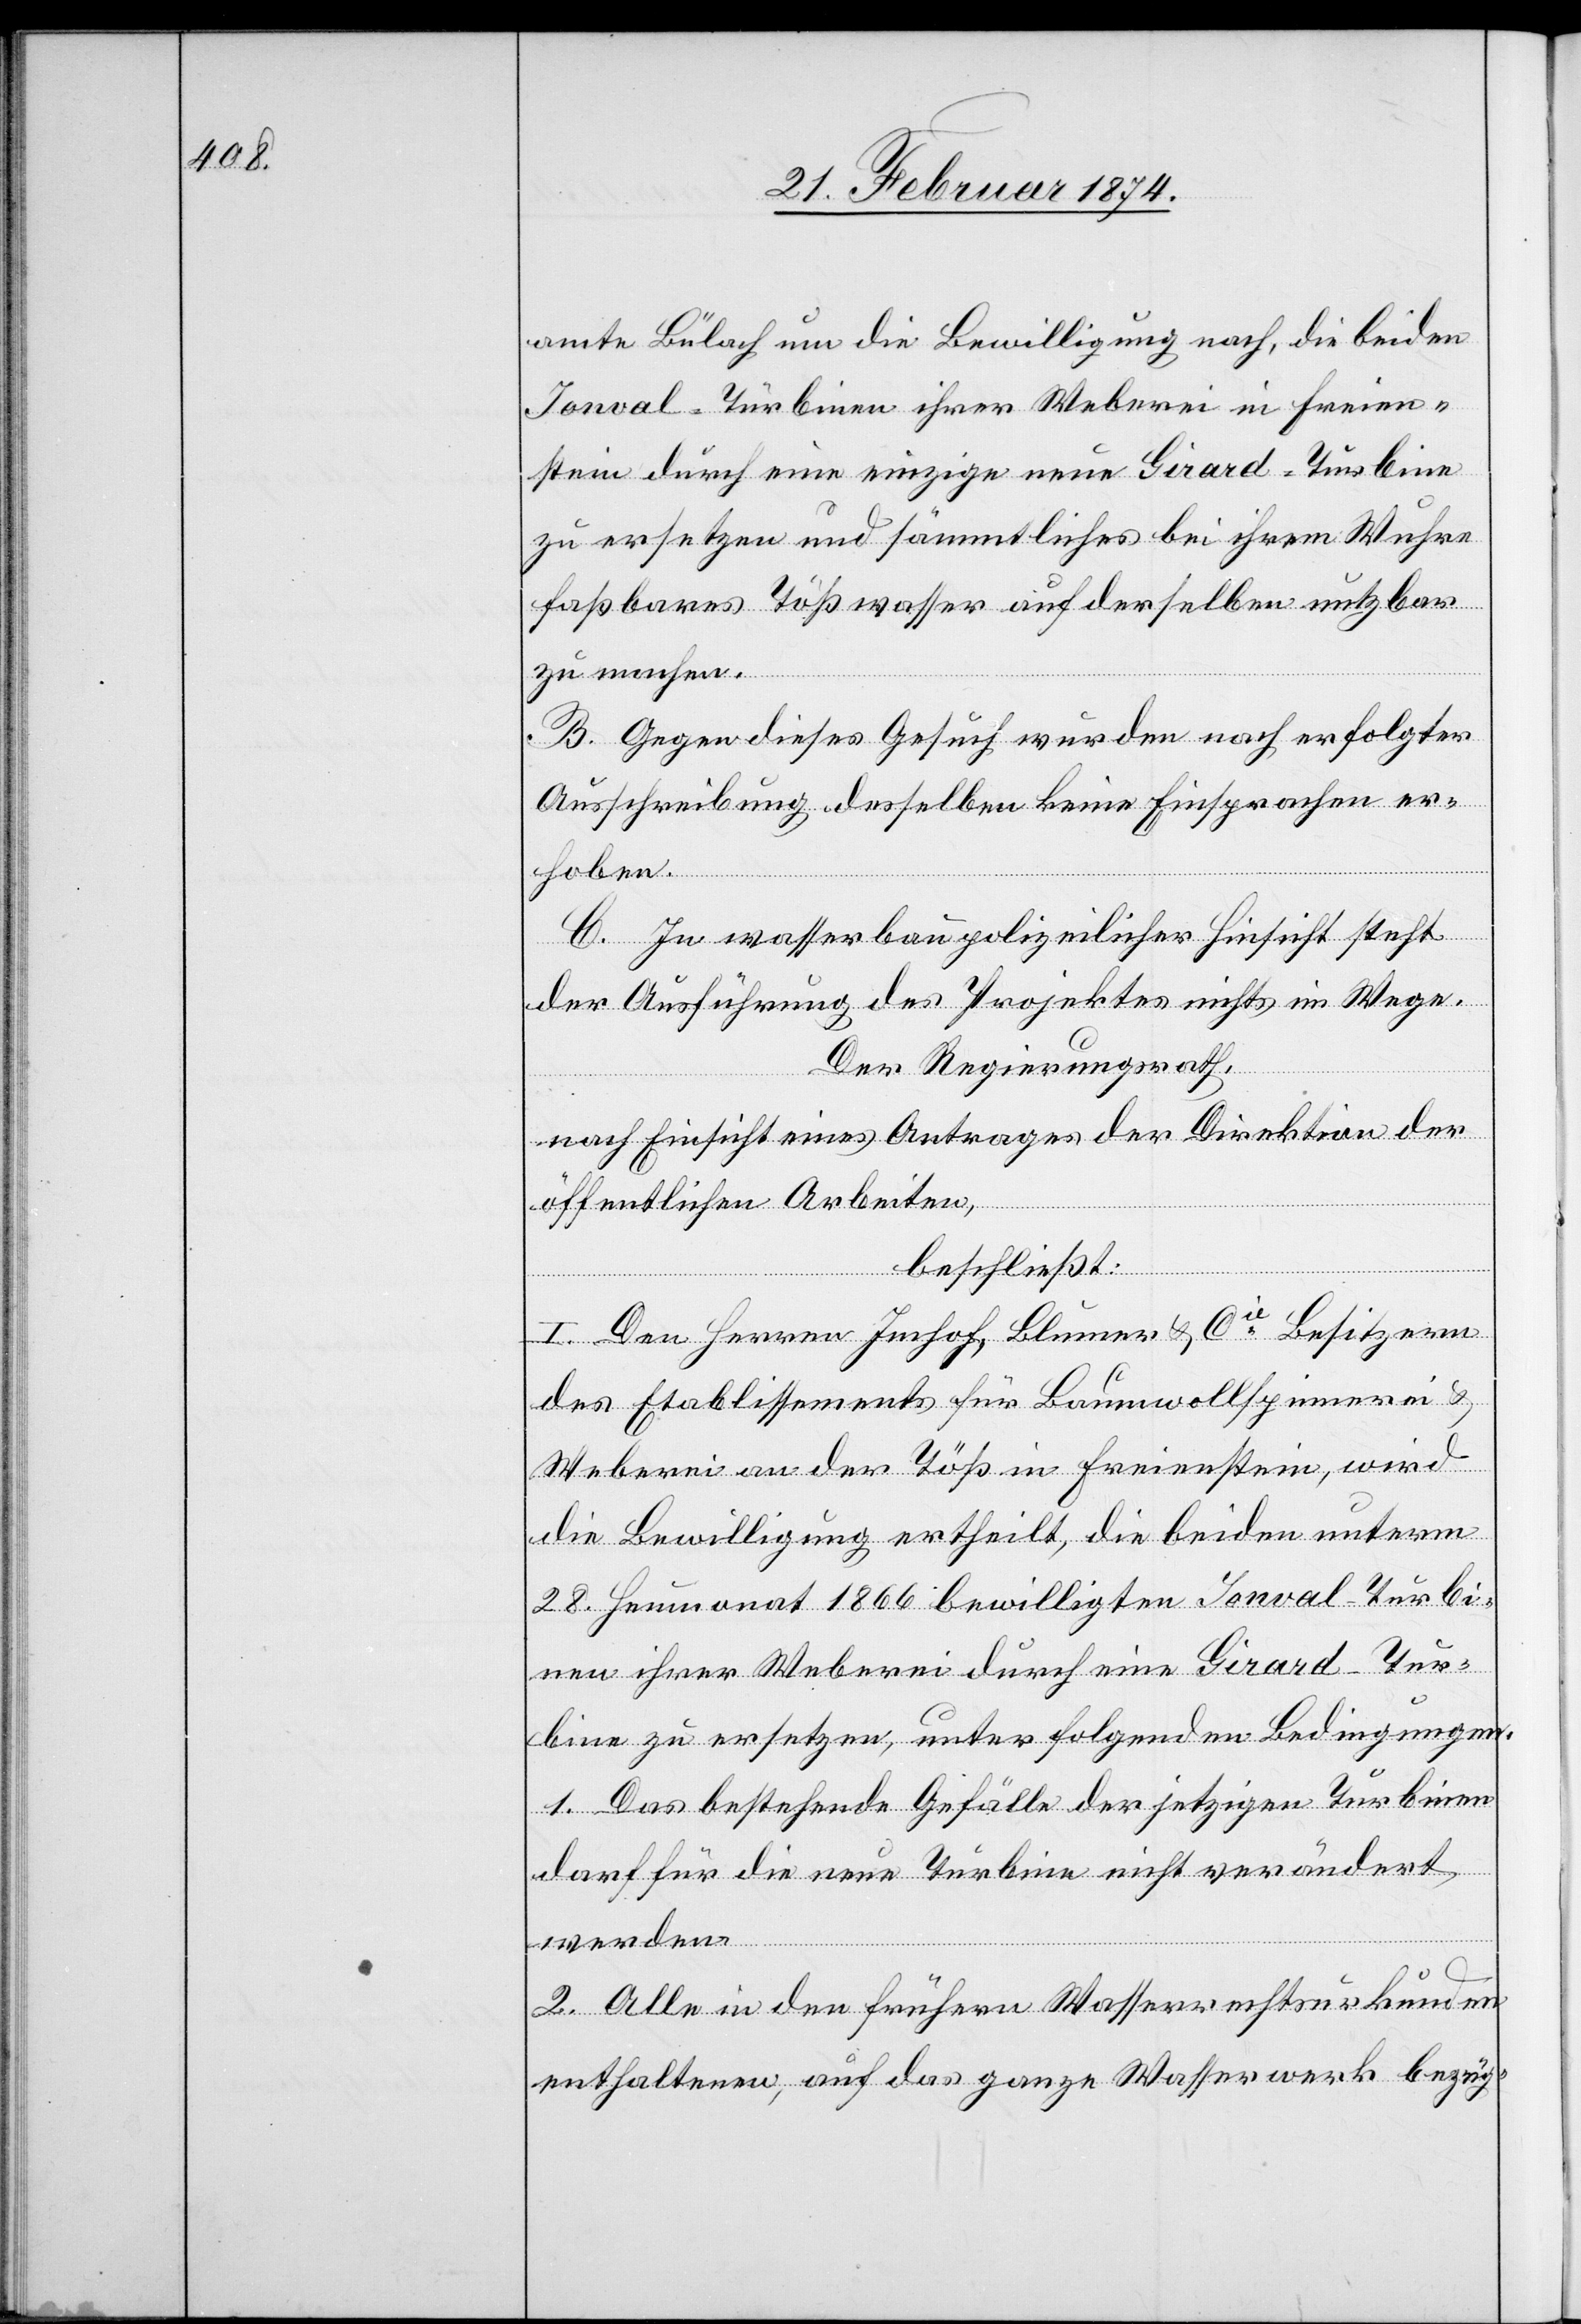
amte Bülach um die Bewilligung nach, die beiden
Jonval-Turbinen ihrer Weberei in Freien¬
stein durch eine einzige neue Girard-Turbine
zu ersetzen und sämmtliches bei ihrem Wuhre
faßbares Tößwasser auf derselben nutzbar
zu machen.
B. Gegen dieses Gesuch wurden nach erfolgter
Ausschreibung desselben keine Einsprachen er¬
hoben.
C. In wasserbaupolizeilicher Hinsicht steht
der Ausführung des Projektes nichts im Wege.
Der Regierungsrath,
nach Einsicht eines Antrages der Direktion der
öffentlichen Arbeiten,
beschließt:
I. Den Herren Imhof, Blumer u. Cie Besitzern
des Etablissements für Baumwollspinnerei u.
Weberei an der Töß in Freienstein, wird
die Bewilligung ertheilt, die beiden unterm
28. Heumonat 1866 bewilligten Jonval-Turbi¬
nen zu ersetzen, unter folgenden Bedingungen.
1. Das bestehende Gefälle der jetzigen Turbinen
darf für die neue Turbine nicht verändert
werden.
2. Alle in den frühern Wasserrechtsurkunden
enthaltenen, auf das ganze Wasserwerk bezüg-